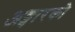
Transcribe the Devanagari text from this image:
अङ्गारको